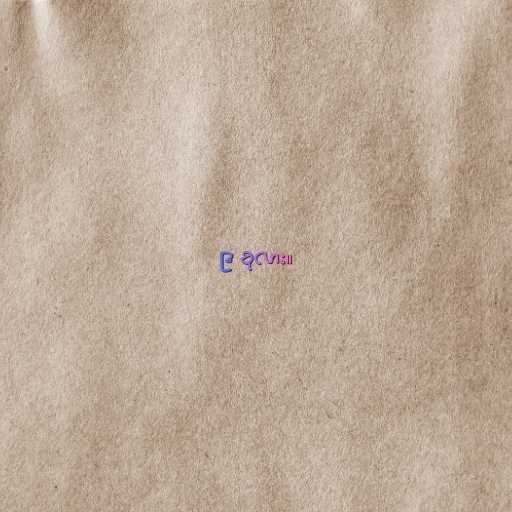
၉ ခုလား။